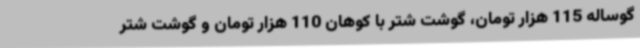
گوساله 115 هزار تومان، گوشت شتر با کوهان 110 هزار تومان و گوشت شتر